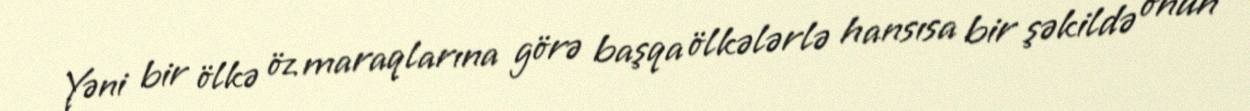
Yəni bir ölkə öz maraqlarına görə başqa ölkələrlə hansısa bir şəkildə onun